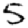
Digit: 5